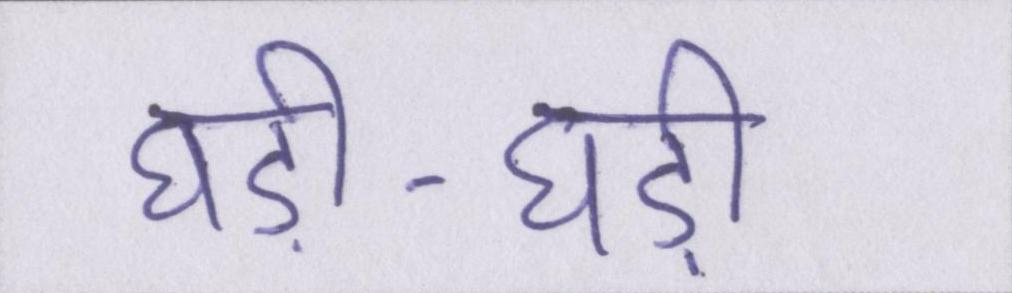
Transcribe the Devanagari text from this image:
घड़ी-घड़ी